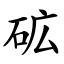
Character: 砿